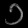
Digit: ၁